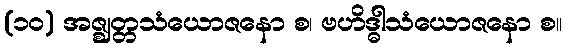
(၁၀) အဇ္ဈတ္တသံယောဇနော စ၊ ဗဟိဒ္ဓါသံယောဇနော စ။